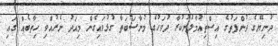
ދުނިޔޭގެ ދުންފަތުގެ އިސްތިއުމާލުނުކުރާ ދުވަހުގެ މުނާސަބަތާ ގުޅުވައިގެން މިއަދު ނެރުއްވި ހިތާބެއް ގައި